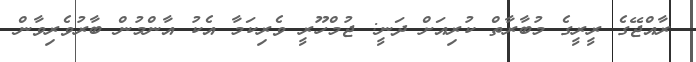
ރާއްޖޭގެ ރީރީގެ މުބާރާތް ކުރިއަށް ދަނީ: ޖުމްހޫރީ ވެރިކަމާ އެކު އާންމުން ބާރުވެރިވާން